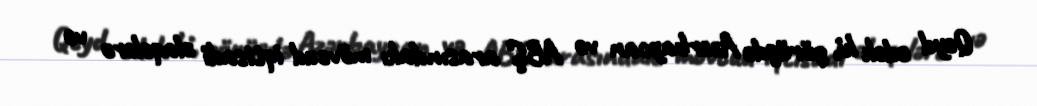
Qeyd edək ki, görüşdə Azərbaycan və ABŞ arasındakı mövcud iqtisadi əlaqələrə və